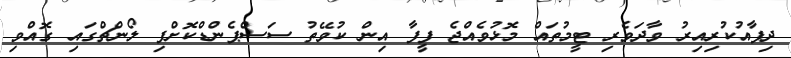
ދިފާއުކުރިއިރު ވާދަވެރި ޓީމުތައް މޮޅުވެއްޖެ ފީފާ އިން ކުވޭތު ސަސްޕެންޑްކޮށްފި ލޯންޗްގައި ގޮއްވި